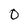
Character: O